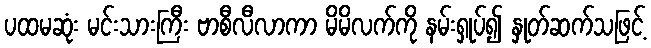
ပထမဆုံး မင်းသားကြီး ဗာစီလီလာကာ မိမိလက်ကို နမ်းရှုပ်၍ နှုတ်ဆက်သဖြင့်